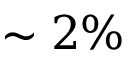
\sim 2 \%